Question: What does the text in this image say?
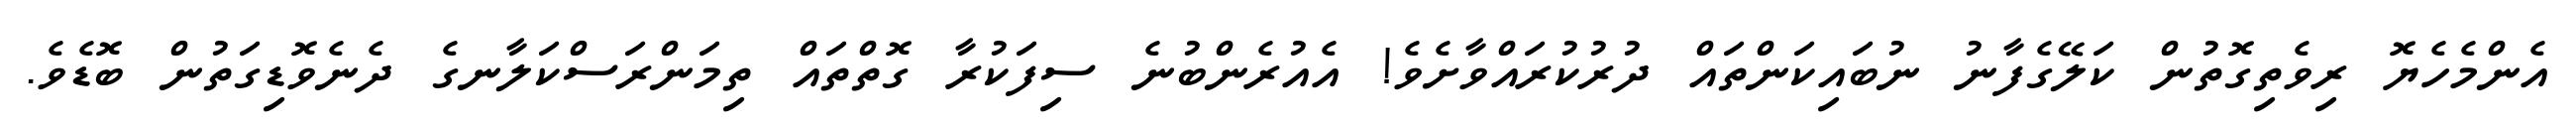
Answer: އެންމެހެޔޮ ރިވެތިގޮތުން ކަލޭގެފާނު ނުބައިކަންތައް ދުރުކުރައްވާށެވެ! އެއުރެންބުނެ ސިފަކުރާ ގޮތްތައް ތިމަންރަސްކަލާނގެ ދެނެވޮޑިގަތުން ބޮޑެވެ.